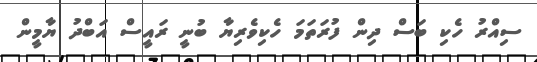
ސިއްރު ހެކި ބަސް ދިން ފުރަތަމަ ހެކިވެރިޔާ ބުނީ ރައީސް އަބްދު ޔާމީން